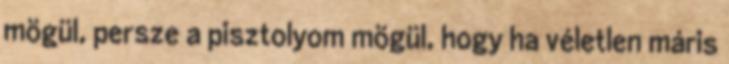
mögül, persze a pisztolyom mögül, hogy ha véletlen máris